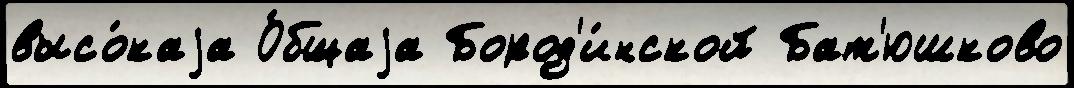
высо́каjа О́бщаjа Бород'и́нской Бат'юшково